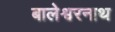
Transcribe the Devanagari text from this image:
बालेश्वरनाथ